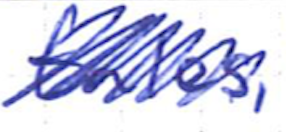
Text: tales,
Cross-out: scratch
Writing tool: ballpoint